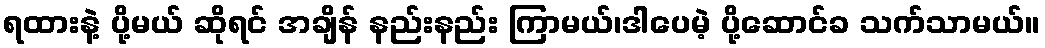
ရထားနဲ့ ပို့မယ် ဆိုရင် အချိန် နည်းနည်း ကြာမယ်၊ဒါပေမဲ့ ပို့ဆောင်ခ သက်သာမယ်။